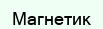
Магнетик